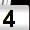
Digit: 4